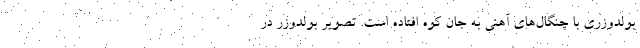
بولدوزری با چنگال‌های آهنی به جان کوه افتاده است. تصویر بولدوزر در